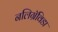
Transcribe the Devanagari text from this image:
नलिग्रॅविडा